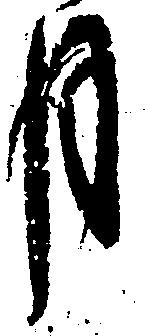
月